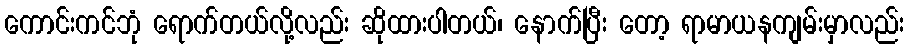
ကောင်းကင်ဘုံ ရောက်တယ်လို့လည်း ဆိုထားပါတယ်၊ နောက်ပြီး တော့ ရာမာယနကျမ်းမှာလည်း